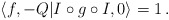
\begin{align*}\langle f, -Q|I\circ g\circ I,0\rangle =1 \, .\end{align*}